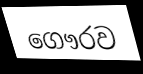
ගෞරව